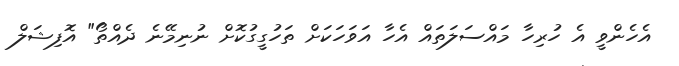
އެހެންވީ އެ ހުރިހާ މައްސަލަތައް އެހާ އަވަހަކަށް ތަހުގީގުކޮށް ނުނިމޭނެ ދެއްތޯ" އޮފިޝަލް